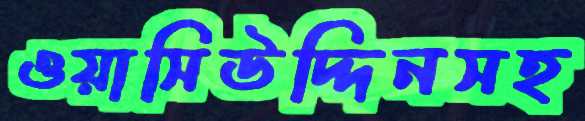
ওয়াসিউদ্দিনসহ